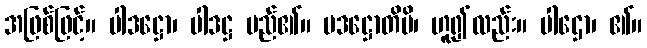
အဖြစ်ဖြင့်။ ပါဒဋ္ဌော၊ ပါဒဋ္ဌ မည်၏။ ပဒဋ္ဌောတိပိ၊ ဟူ၍လည်း။ ပါဌော၊ ၏။